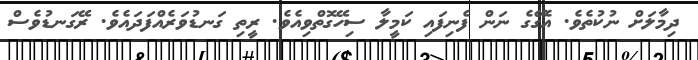
ދިމާލަށް ނުކުތެވެ. އެގޭގެ ނަން ފެނިފައި ކަމީލާ ސިހޭގޮތްވިއެވެ. ރީތި ގަނޑުވަރެއްފަދައެވެ. ރޭގަނޑުވެސް